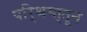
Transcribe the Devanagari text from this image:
परि्श्रमा्तून